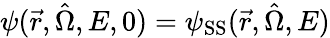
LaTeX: \psi(\vec{r},\hat{\Omega},E,0)=\psi_{\mathrm{SS}}(\vec{r},\hat{\Omega},E)